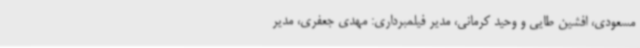
مسعودی، افشین طایی و وحید کرمانی، مدیر فیلمبرداری: مهدی جعفری، مدیر